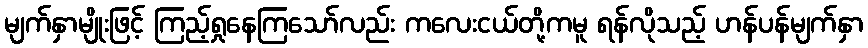
မျက်နှာမျိုးဖြင့် ကြည့်ရှုနေကြသော်လည်း ကလေးငယ်တို့ကမူ ရန်လိုသည့် ဟန်ပန်မျက်နှာ